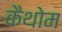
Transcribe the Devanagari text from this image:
कैथोम